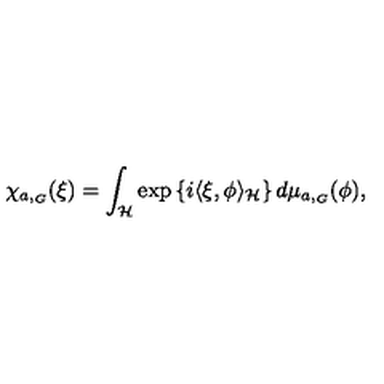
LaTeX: \chi _ { a , _ { G } } ( \xi ) = \int _ { \cal H } \exp \left\{ i \langle \xi , \phi \rangle _ { \cal H } \right\} d \mu _ { a , _ { G } } ( \phi ) ,